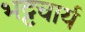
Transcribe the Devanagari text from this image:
भट्टचार्य